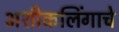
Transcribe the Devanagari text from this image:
अशीकलिंगाचे